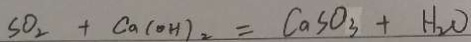
S O _ { 2 } + C a ( O H ) _ { 2 } = C a S O _ { 3 } + H _ { 2 } O